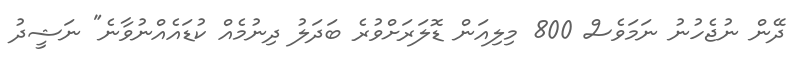
ދޭން ނުޖެހުނު ނަމަވެސް 800 މިލިއަން ޑޮލަރަށްވުރެ ބަދަލު ދިނުމެއް ކުޑައެއްނުވާނެ" ނަޝީދު